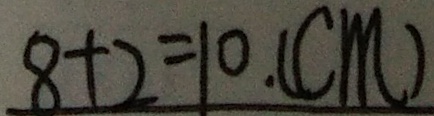
8 + 2 = 1 0 . ( c m )